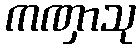
ကဏှာသု